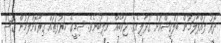
ދޮރު ލައްޕާލަމުން ބަލްޤީޝްއަށް ގުޅާލިއެވެ. ޖަވާބެއް ނުލިބުނެވެ. ސިޑީގެ ހަރުފަތައް ގިރާކޮށްލަމުން ގޮސް